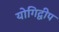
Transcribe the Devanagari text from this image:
योगिद्वीप